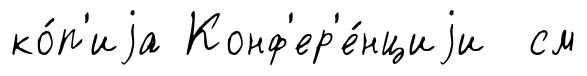
ко́п'иjа Конф'ер'е́нциjи см